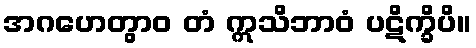
အဂဟေတွာဝ တံ ဣသိဘာဝံ ပဋိက္ခိပိ။